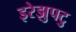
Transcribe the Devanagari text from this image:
इरेझुपटु